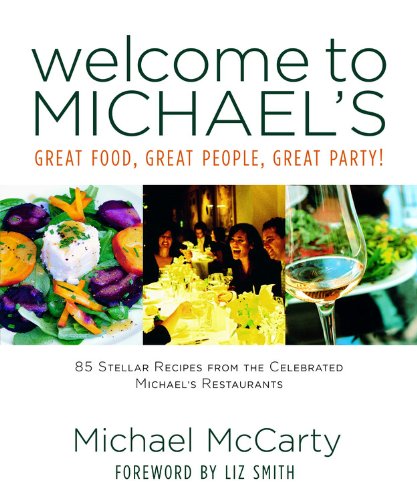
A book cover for Welcome to Michael's: Great Food, Great People, Great Party!; Michael McCarty; Cookbooks, Food & Wine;